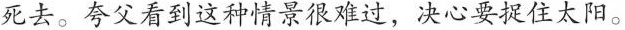
死去。夸父看到这种情景很难过，决心要捉住太阳。